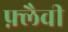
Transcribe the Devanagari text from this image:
फ़्लैवी